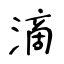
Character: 滴